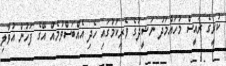
ކުރީގެ ރައީސް މުހައްމަދު ނަޝީދުގެ ވެރިކަމުގައި ހެދި އެއްބަސްވުމެއް އޭގެ ފަހުން އުވާލި